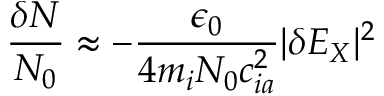
\frac { \delta N } { N _ { 0 } } \approx - \frac { \epsilon _ { 0 } } { 4 m _ { i } N _ { 0 } c _ { i a } ^ { 2 } } | \delta E _ { X } | ^ { 2 }